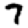
Digit: 7